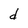
Character: d